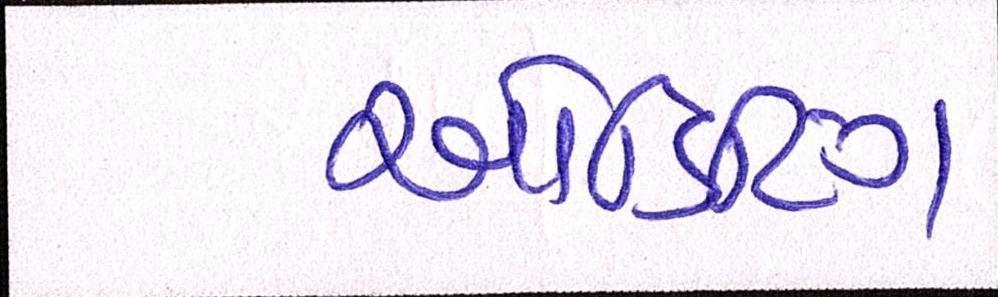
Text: ઓડિટિંગ